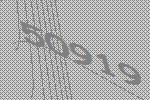
50919